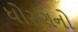
ધોરણનો